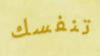
تنفسك